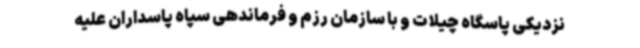
نزدیکی پاسگاه چیلات و با سازمان رزم و فرماندهی سپاه پاسداران علیه